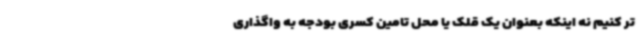
تر کنیم نه اینکه بعنوان یک قلک یا محل تامین کسری بودجه به واگذاری